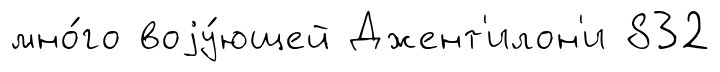
мно́го воjу́ющей Джент'илон'и 832